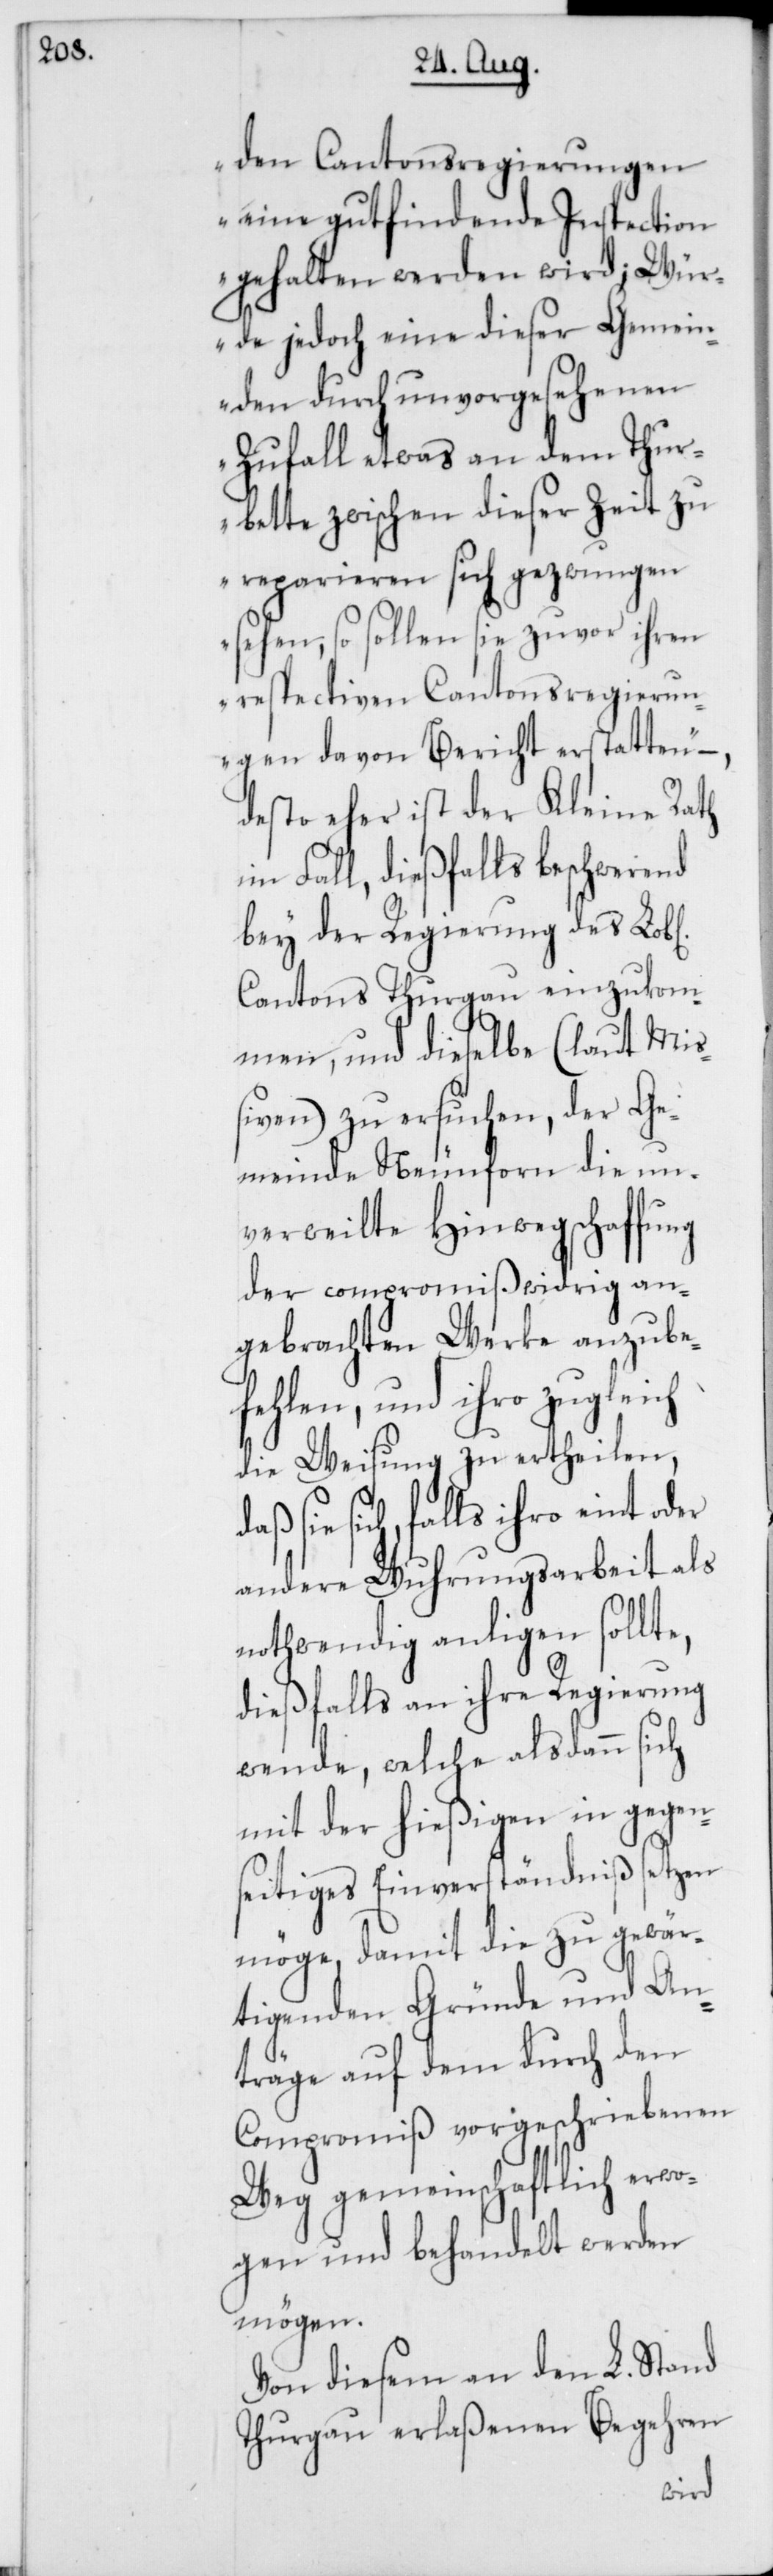
den Cantonsregierungen
eine gutfindende Inspection
gehalten werden wird; Wür¬
de jedoch eine dieser Gemein¬
den durch unvorgesehenen
Zufall etwas an dem Thur¬
bette zwischen dieser Zeit zu
reparieren sich gezwungen
sehen, so sollen sie zuvor ihren
respectiven Cantonsregierun¬
gen davon Bericht erstatten“
,desto eher ist der Kleine Rath
im Fall, dießfalls beschwerend
bey der Regierung des Lobl.
Cantons Thurgau einzukom¬
men, und dieselbe (laut Mi¬
ßiven) zu ersuchen, der Ge¬
meinde Neunforn die un¬
verweilte Hinwegschaffung
der compromißwidrig an¬
gebrachten Werke anzube¬
fehlen, und ihro zugleich
die Weisung zu ertheilen,
sie sich, falls ihro eint
andere Wuhrungsarbeit als
nothwendig anligen sollte,
dießfalls an ihre Regierung
wende, welche alsdann sich
mit der hießigen in gegen¬
seitiges Einverständnißsetzen
möge, damit die zu gewär¬
tigenden Gründe und An¬
träge auf dem durch den
Compromiß vorgeschriebenen
Weg gemeinschaftlich erwo¬
gen und behandelt werden
mögen.
Von diesem an den L. Stand
Thurgau erlaßenen Begehren